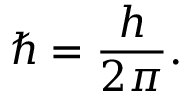
\hbar = { \frac { h } { 2 \pi } } .